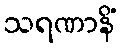
သရဏာနိံ